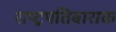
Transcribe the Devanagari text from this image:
राष्ट्रपतिबाराक